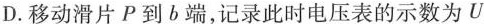
D.移动滑片P到b端，记录此时电压表的示数为U